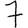
Digit: 7